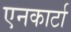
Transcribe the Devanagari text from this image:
एनकार्टा